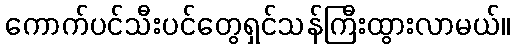
ကောက်ပင်သီးပင်တွေရှင်သန်ကြီးထွားလာမယ်။